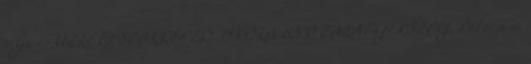
célja és ÜZLETI SZAKKÉPZŐ ISKOLA 8900 ZALAEGERSZEG, Rákóczi u.